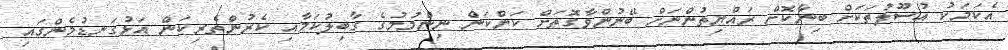
އެކަމަކު އުސޫލުތަކަށް ބިނާކޮށް ރައްޔިތުންނަށް ބޭނުންވާގޮތަށް ކަންކަން ނިންމުމުގެ ގާބިލުކަމާއި ކެރުންތެރިކަން އަޅުގަނޑުމެންގައި